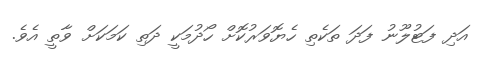
އަދި ފަޓުލޫނު ފަދަ ތަކެތި ހެޔޮވަރުކޮށް ހޯދުމަކީ ދަތި ކަމަކަށް ވާތީ އެވެ.